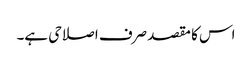
اس کا مقصد صرف اصلاحی ہے۔